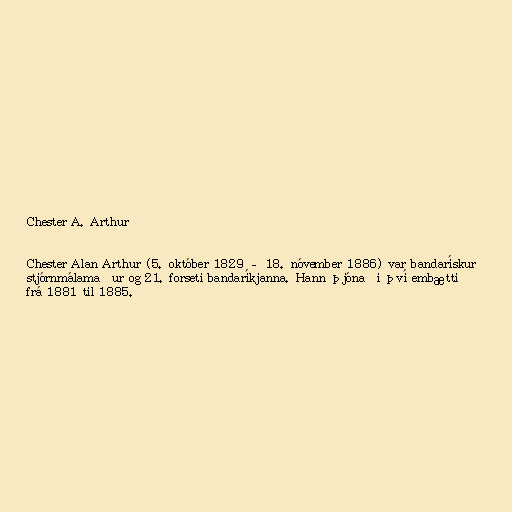
Chester A. Arthur

Chester Alan Arthur (5. október 1829 – 18. nóvember 1886) var bandarískur
stjórnmálamaður og 21. forseti bandaríkjanna. Hann þjónaði því embætti
frá 1881 til 1885.